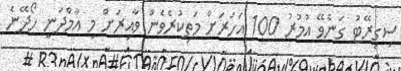
ސިގިރޭޓު ގަނެވޭ އުމުރު 100 އަހަރަށް މަތިކުރެވެން ވާއިރަށް މި އާމްދަނީ ހޯދޭނެ